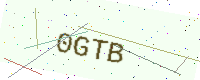
Text: 0GTB